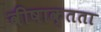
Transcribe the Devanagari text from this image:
वीषाक्तता